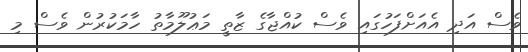
ވެސް އަދި އެއަށްފަހުގައި ވެސް ކުއްޖާގެ ޒާތީ މަޢުލޫމާތު ހާމަކުރުން ވެސް މި